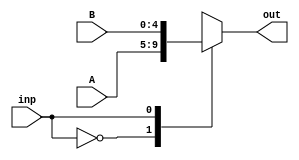
`timescale 1ns/1ns

module Basic4BitsMux(
	input inp,
	input [4:0]A,B,
	output reg[4:0]out
);

always @* begin
	case(inp)
		1'b 0: begin
			out = A;
		end

		1'b 1: begin
			out = B;
		end

	endcase
end

endmodule